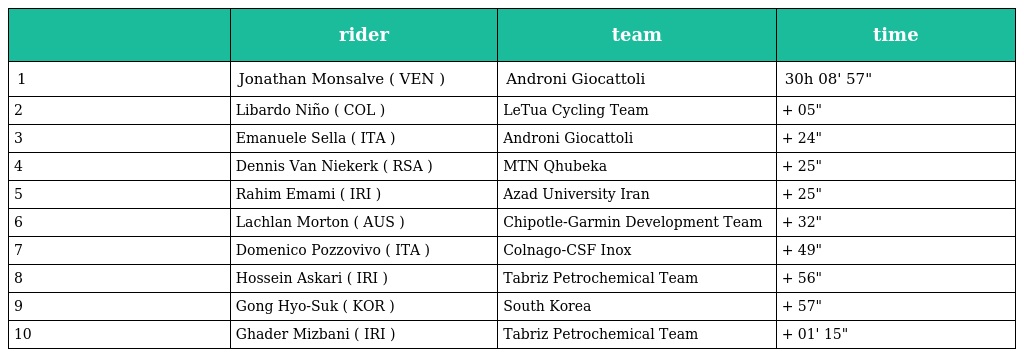
|  | rider | team | time |
 | --- | --- | --- | --- |
 | 1 | Jonathan Monsalve ( VEN ) | Androni Giocattoli | 30h 08' 57" |
 | 2 | Libardo Niño ( COL ) | LeTua Cycling Team | + 05" |
 | 3 | Emanuele Sella ( ITA ) | Androni Giocattoli | + 24" |
 | 4 | Dennis Van Niekerk ( RSA ) | MTN Qhubeka | + 25" |
 | 5 | Rahim Emami ( IRI ) | Azad University Iran | + 25" |
 | 6 | Lachlan Morton ( AUS ) | Chipotle-Garmin Development Team | + 32" |
 | 7 | Domenico Pozzovivo ( ITA ) | Colnago-CSF Inox | + 49" |
 | 8 | Hossein Askari ( IRI ) | Tabriz Petrochemical Team | + 56" |
 | 9 | Gong Hyo-Suk ( KOR ) | South Korea | + 57" |
 | 10 | Ghader Mizbani ( IRI ) | Tabriz Petrochemical Team | + 01' 15" |